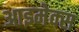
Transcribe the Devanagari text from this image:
आइमेक्स